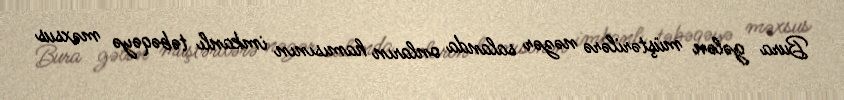
Bura gələn müştərilərə nəzər salanda onların hamısının imkanlı təbəqəyə məxsus